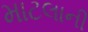
માટલાની